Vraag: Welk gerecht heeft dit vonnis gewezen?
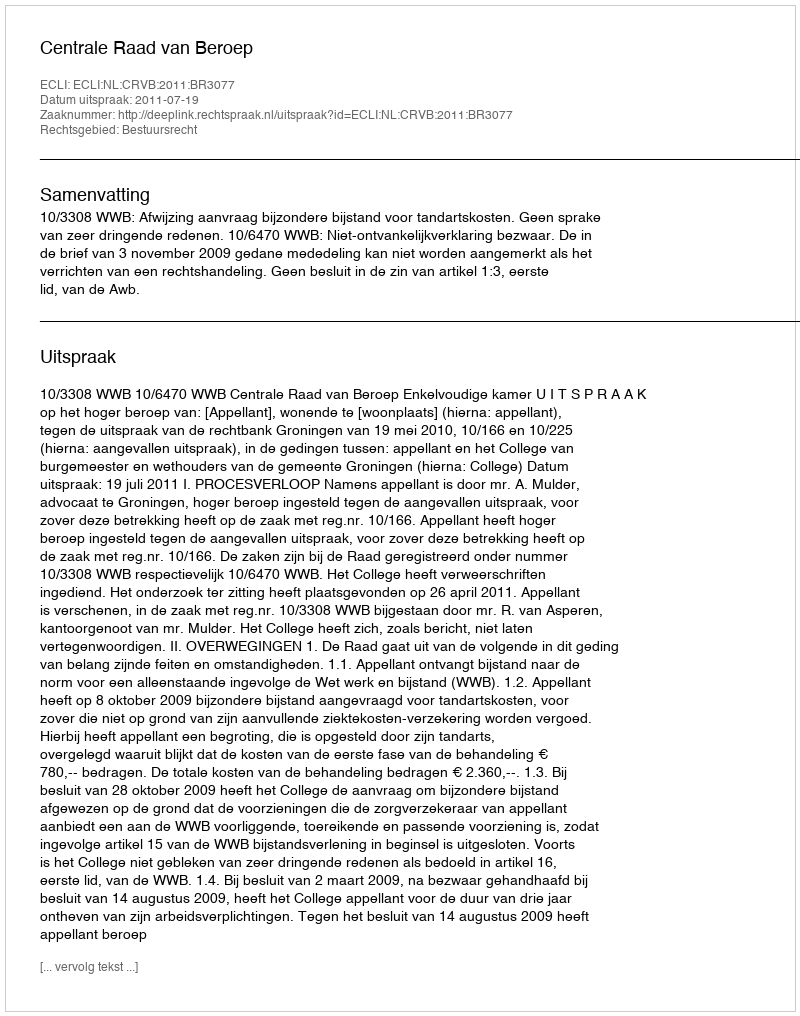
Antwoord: Centrale Raad van Beroep